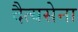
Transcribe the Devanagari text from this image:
दैत्यसेना